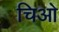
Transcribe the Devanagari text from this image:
चिओ